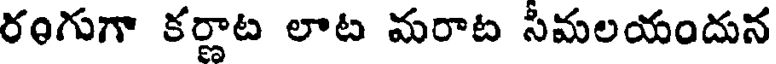
రంగుగా కర్ణాట లాట మరాట సమలయందున